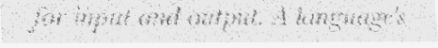
for input and output. A language's